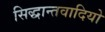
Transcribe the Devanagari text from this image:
सिद्धान्तवादियो